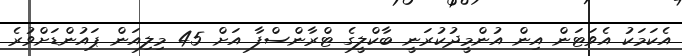
އެކަމަކު އެެވަޓަން އިން އުންމީދުކުރަނީ ބާކްލީގެ ޓްރާންސްފާ އަށް 45 މިިިލިއަން ޕައުންޑަށްވުރެ